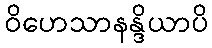
ဝိဟေသာနန္ဒိယာပိ